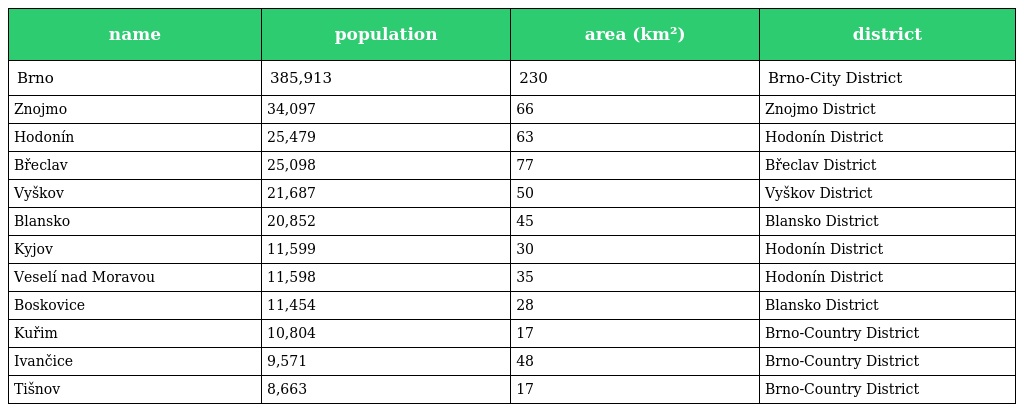
| name | population | area (km²) | district |
 | --- | --- | --- | --- |
 | Brno | 385,913 | 230 | Brno-City District |
 | Znojmo | 34,097 | 66 | Znojmo District |
 | Hodonín | 25,479 | 63 | Hodonín District |
 | Břeclav | 25,098 | 77 | Břeclav District |
 | Vyškov | 21,687 | 50 | Vyškov District |
 | Blansko | 20,852 | 45 | Blansko District |
 | Kyjov | 11,599 | 30 | Hodonín District |
 | Veselí nad Moravou | 11,598 | 35 | Hodonín District |
 | Boskovice | 11,454 | 28 | Blansko District |
 | Kuřim | 10,804 | 17 | Brno-Country District |
 | Ivančice | 9,571 | 48 | Brno-Country District |
 | Tišnov | 8,663 | 17 | Brno-Country District |